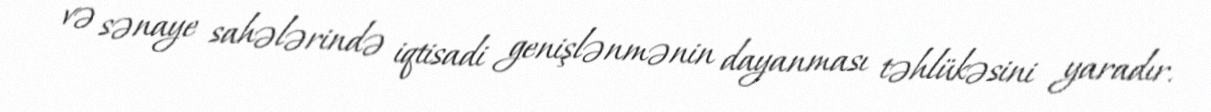
və sənaye sahələrində iqtisadi genişlənmənin dayanması təhlükəsini yaradır.